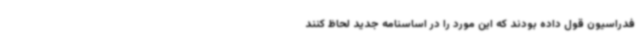
فدراسیون قول داده بودند که این مورد را در اساسنامه جدید لحاظ کنند